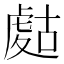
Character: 𧇉